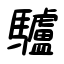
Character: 驢